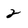
Character: 2